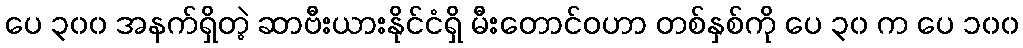
ပေ ၃၀၀ အနက်ရှိတဲ့ ဆာဗီးယားနိုင်ငံရှိ မီးတောင်ဝဟာ တစ်နှစ်ကို ပေ ၃၀ က ပေ ၁၀၀